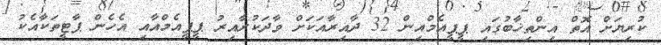
ކުރިޔަށް އޮތް އިންތިޚާބުގައި ޕީޕީއެމްއިން 32 ދާއިރާއަކަށް ވާދަކުރާއިރު ޕީޕީއެމްއާއި އެހެން ޕާޓީތަކާއެކު